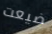
ضيعت